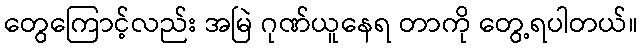
တွေကြောင့်လည်း အမြဲ ဂုဏ်ယူနေရ တာကို တွေ့ရပါတယ်။